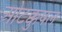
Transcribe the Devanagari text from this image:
ओटक्कुषल